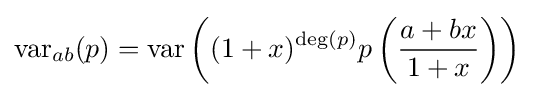
\operatorname {var} _{ab}(p)=\operatorname {var} \left((1+x)^{\deg(p)}p\left({\frac {a+bx}{1+x}}\right)\right)